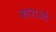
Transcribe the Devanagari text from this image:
काराओं